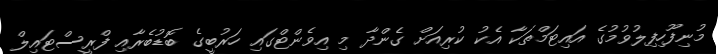
މުނިފޫހިފިލުވުމުގެ އައިޓަމްތަކާ އެކު ކުރިއަށް ގެންދާ މި އިވެންޓްގައި ހަރުބީގެ ބޮޑުބެރާއި ފްރީސްޓައިލް